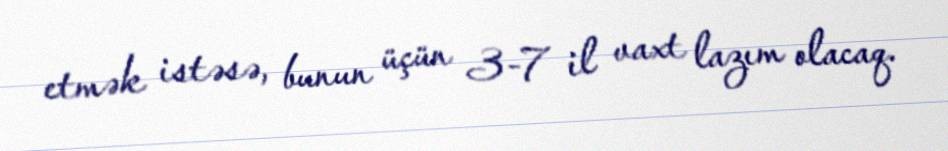
etmək istəsə, bunun üçün 3-7 il vaxt lazım olacaq.